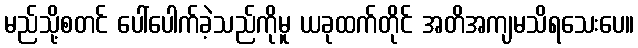
မည်သို့စတင် ပေါ်ပေါက်ခဲ့သည်ကိုမူ ယခုထက်တိုင် အတိအကျမသိရသေးပေ။